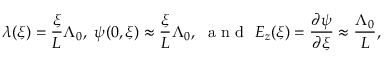
\lambda ( \xi ) = \frac { \xi } { L } \Lambda _ { 0 } , ~ \psi ( 0 , \xi ) \approx \frac { \xi } { L } \Lambda _ { 0 } , ~ \mathrm { ~ a ~ n ~ d ~ } ~ E _ { z } ( \xi ) = \frac { \partial \psi } { \partial \xi } \approx \frac { \Lambda _ { 0 } } { L } ,